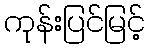
ကုန်းပြင်မြင့်